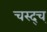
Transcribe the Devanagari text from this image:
चस्द्च्